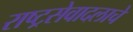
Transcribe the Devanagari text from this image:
राष्ट्रसेवादलाचे